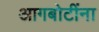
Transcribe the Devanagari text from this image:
आगबोटींना